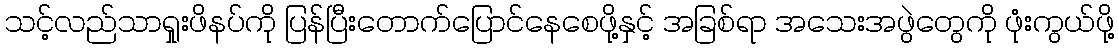
သင့်လည်သာရှုးဖိနပ်ကို ပြန်ပြီးတောက်ပြောင်နေစေဖို့နှင့် အခြစ်ရာ အသေးအဖွဲတွေကို ဖုံးကွယ်ဖို့